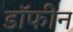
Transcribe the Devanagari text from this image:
डॉफीन